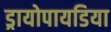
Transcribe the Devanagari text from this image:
ड्रायोपायडिया